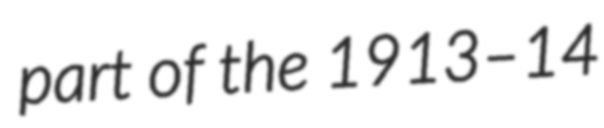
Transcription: part of the 1913–14